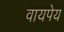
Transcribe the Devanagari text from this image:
वायपेय